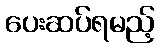
ပေးဆပ်ရမည့်